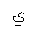
Letter: _ya